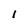
Character: l